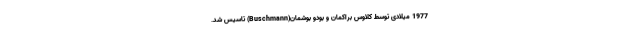
1977 میلادی توسط کلاوس براکمان و بودو بوشمان(Buschmann) تاسیس شد.